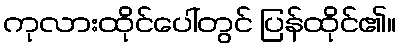
ကုလားထိုင်ပေါ်တွင် ပြန်ထိုင်၏။